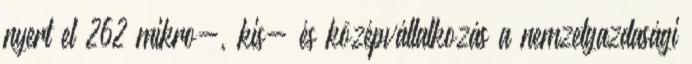
nyert el 262 mikro-, kis- és középvállalkozás a nemzetgazdasági